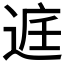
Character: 𮞔